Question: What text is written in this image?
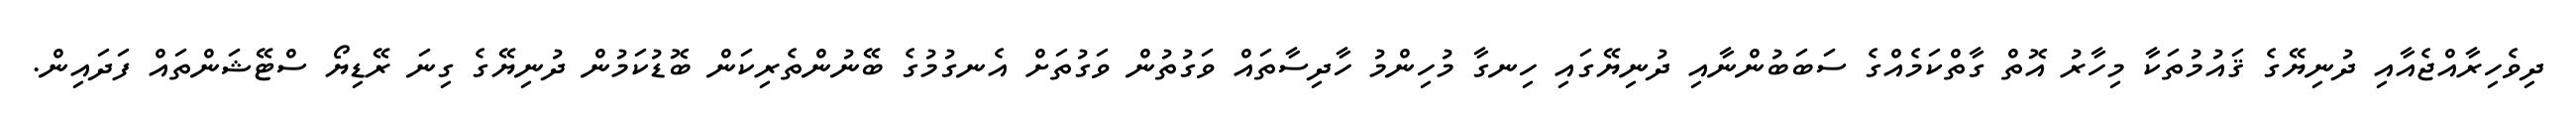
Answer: ދިވެހިރާއްޖެއާއި ދުނިޔޭގެ ޤައުމުތަކާ މިހާރު އޮތް ގާތްކަމެއްގެ ސަބަބުންނާއި ދުނިޔޭގައި ހިނގާ މުހިންމު ހާދިސާތައް ވަގުތުން ވަގުތަށް އެނގުމުގެ ބޭނުންތެރިކަން ބޮޑުކަމުން ދުނިޔޭގެ ގިނަ ރޭޑިޔޯ ސްޓޭޝަންތައް ފަދައިން.